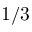
1 / 3